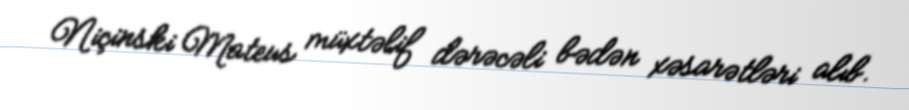
Niçinski Mateus müxtəlif dərəcəli bədən xəsarətləri alıb.